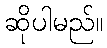
ဆိုပါမည်။